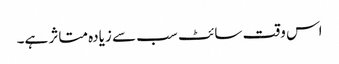
اس وقت سائٹ سب سے زیادہ متاثر ہے۔